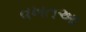
વખતઆ